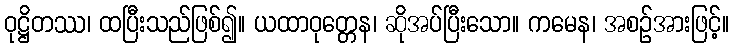
ဝုဋ္ဌိတဿ၊ ထပြီးသည်ဖြစ်၍။ ယထာဝုတ္တေန၊ ဆိုအပ်ပြီးသော။ ကမေန၊ အစဉ်အားဖြင့်။